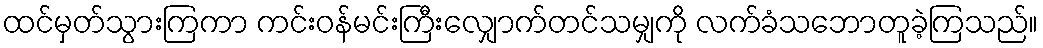
ထင်မှတ်သွားကြကာ ကင်းဝန်မင်းကြီးလျှောက်တင်သမျှကို လက်ခံသဘောတူခဲ့ကြသည်။